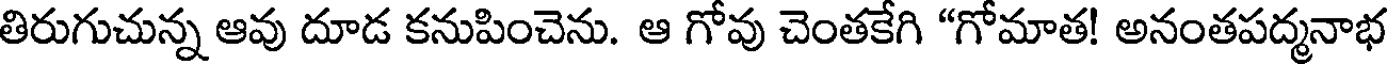
తిరుగుచున్న ఆవు దూడ కనుపించెను. ఆ గోవు చెంతకేగి "గోమాత! అనంతపద్మనాభ